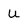
Character: u